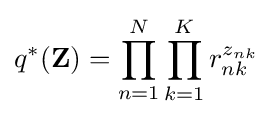
q^{*}(\mathbf {Z} )=\prod _{n=1}^{N}\prod _{k=1}^{K}r_{nk}^{z_{nk}}